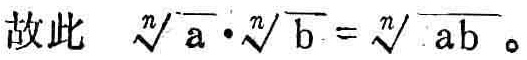
故此 $\sqrt[n]{a} \cdot \sqrt[n]{b} = \sqrt[n]{ab}$。